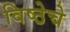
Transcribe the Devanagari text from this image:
विष्ठेचे